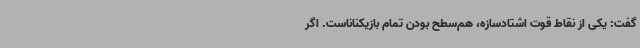
گفت: یکی از نقاط قوت اشتادسازه، هم‌سطح بودن تمام بازیکناناست. اگر